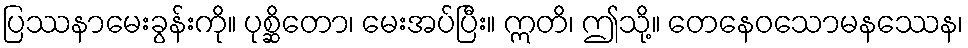
ပြဿနာမေးခွန်းကို။ ပုစ္ဆိတော၊ မေးအပ်ပြီး။ ဣတိ၊ ဤသို့။ တေနေဝသောမနဿေန၊